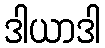
ဒါယာဒါ